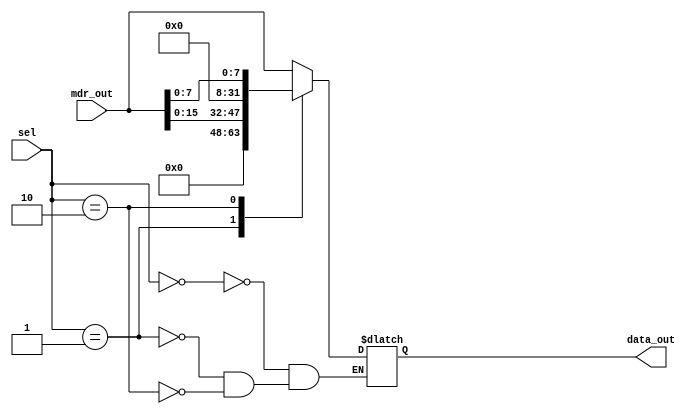
module LSize (
    input wire [1:0] sel,
    input wire [31:0] mdr_out,
    output reg [31:0] data_out
);
    
    always @(*) begin
        case(sel)
            2'b00: data_out = mdr_out;
            2'b01: data_out = {16'b0, mdr_out[15:0]};
            2'b10: data_out = {24'b0, mdr_out[7:0]};
        endcase
    end
    
endmodule